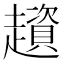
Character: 𧾒